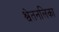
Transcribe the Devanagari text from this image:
श्वेतनलिका